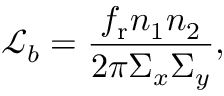
{ \mathcal L } _ { b } = \frac { f _ { \mathrm r } n _ { 1 } n _ { 2 } } { { 2 \pi \Sigma _ { x } \Sigma _ { y } } } ,